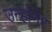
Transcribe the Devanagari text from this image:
उन्होंनेर